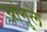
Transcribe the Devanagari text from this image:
आंगुले